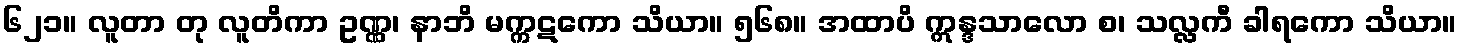
၆၂၁။ လူတာ တု လူတိကာ ဥဏ္ဏ၊ နာဘိ မက္ကဋကော သိယာ။ ၅၆၈။ အထာပိ ဣန္ဒသာလော စ၊ သလ္လကီ ခါရကော သိယာ။